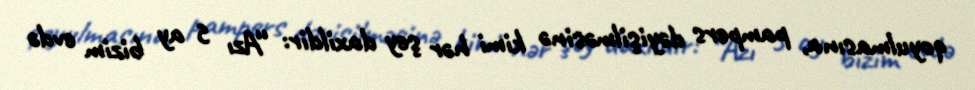
qoyulmasına, pampers dəyişilməsinə kimi hər şey daxildir: “Azı 5 ay bizim evdə